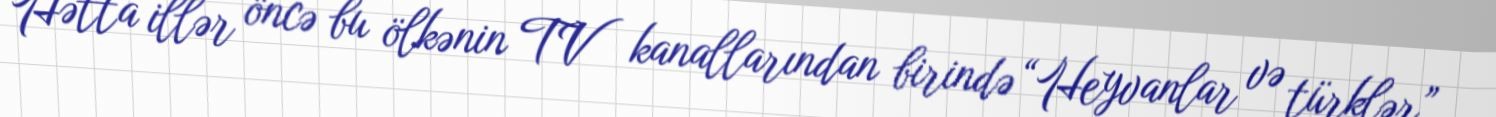
Hətta illər öncə bu ölkənin TV kanallarından birində “Heyvanlar və türklər”